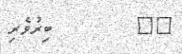
٤٩         ބިރުވެރި